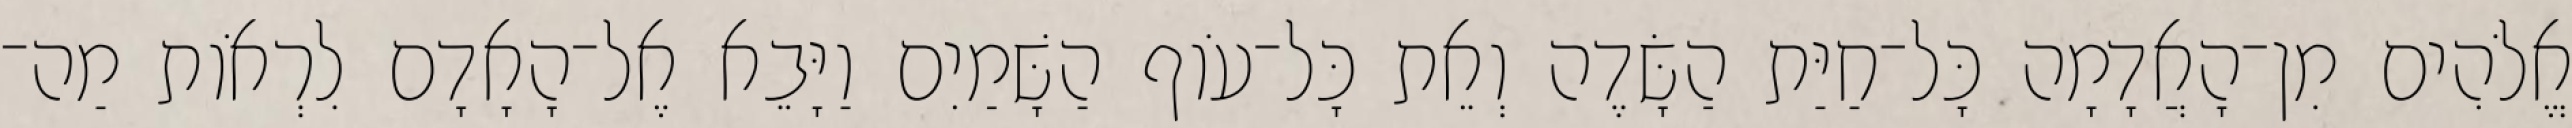
אֱלֹהִים מִן־הָאֲדָמָה כָּל־חַיַּת הַשָּׂדֶה וְאֵת כָּל־עֹוף הַשָּׁמַיִם וַיָּבֵא אֶל־הָאָדָם לִרְאֹות מַה־